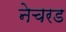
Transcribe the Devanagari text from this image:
नेचरड